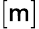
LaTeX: [\mathsf{m}]